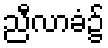
ညီလာခံ၌